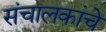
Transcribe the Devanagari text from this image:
संचालकांचे